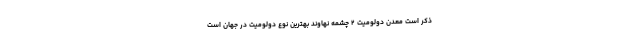
ذکر است معدن دولومیت ۲ چشمه نهاوند بهترین نوع دولومیت در جهان است